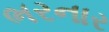
ભરનાર